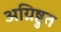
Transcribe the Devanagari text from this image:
अग्निष्टुत